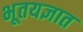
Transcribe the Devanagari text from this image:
भूतयज्ञात